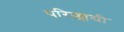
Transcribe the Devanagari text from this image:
परिछायी